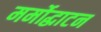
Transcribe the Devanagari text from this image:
मर्मोद्धाटन